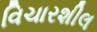
વિચારશીલ